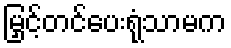
မြှင့်တင်ပေးရုံသာမက